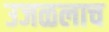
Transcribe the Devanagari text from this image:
उजळलाच